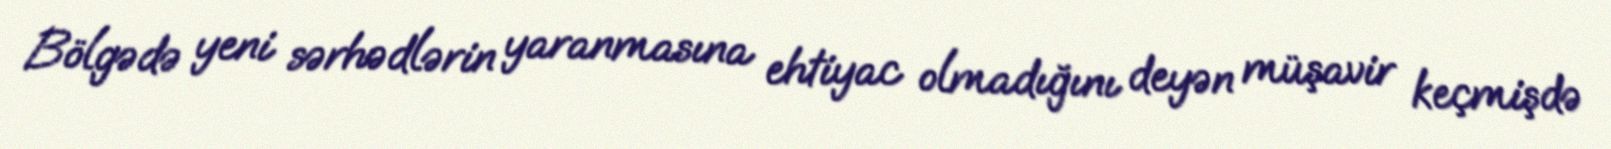
Bölgədə yeni sərhədlərin yaranmasına ehtiyac olmadığını deyən müşavir keçmişdə